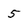
Character: 5